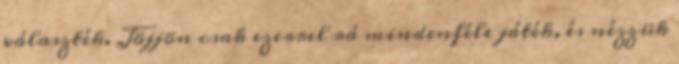
választék. Jöjjön csak ezerrel rá mindenféle játék, és nézzük